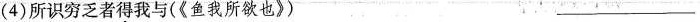
(4)所识穷乏者得我与(《鱼我所欲也》)___